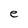
Character: e